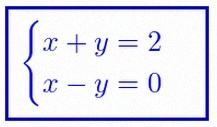
\begin{cases}x+y=2\\x-y=0\end{cases}